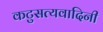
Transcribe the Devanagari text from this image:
कटुसत्यवादिनी